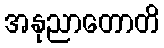
အနုညာတောတိ